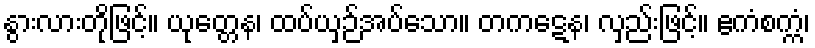
နွားလားတိုဖြင့်။ ယုတ္တေန၊ ထပ်ယှဉ်အပ်သော။ တကဋေန၊ လှည်းဖြင့်။ ဧကံစက္ကံ၊